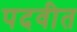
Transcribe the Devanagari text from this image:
पदवीत